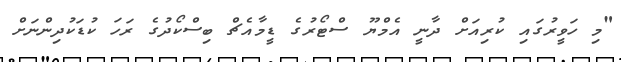
"މި ހަވީރުގައި ކުރިއަށް ދާނީ އެމްޔޫ ސްޓޯރުގެ ޑީމާއެޗް ބިސްކޯދުގެ ރަހަ ކުޑަކުދިންނަށް